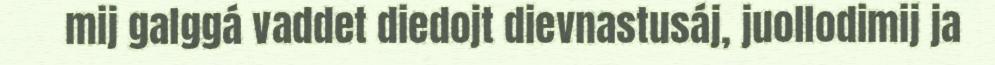
mij galggá vaddet diedojt dievnastusáj, juollodimij ja